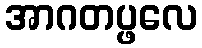
အာဂတပ္ဖလေ